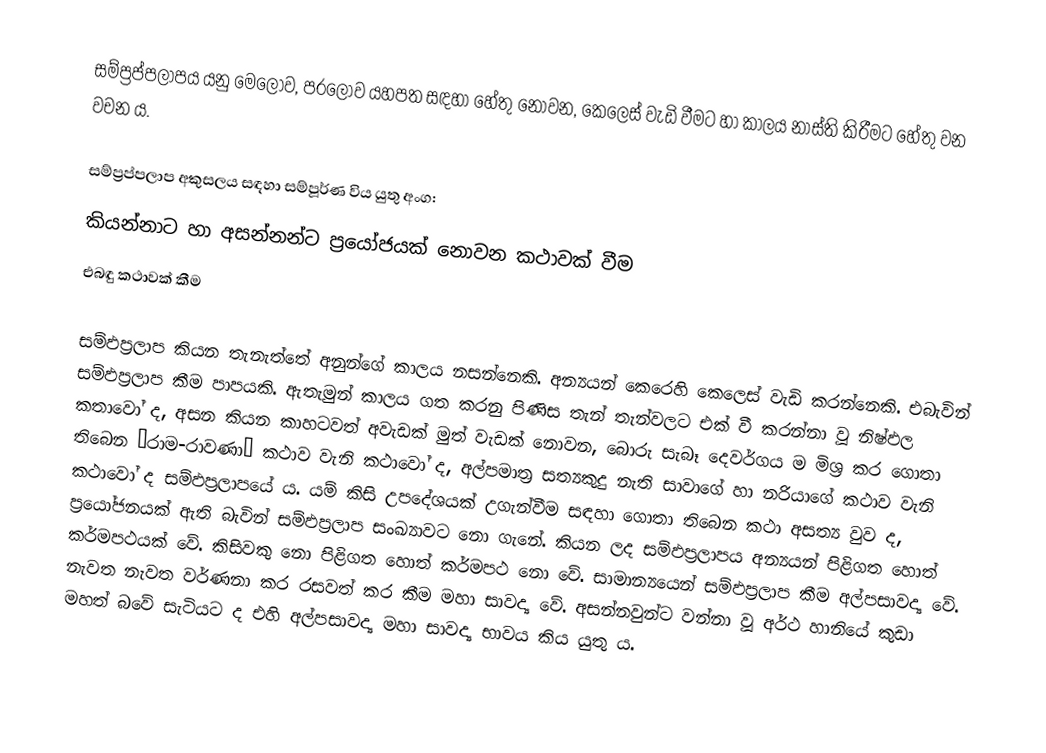
සම්ප්‍රප්පලාපය යනු මෙලොව, පරලොව යහපත සඳහා හේතු නොවන, කෙලෙස් වැඩි වීමට හා කාලය නාස්ති කිරීමට හේතු වන වචන ය. 

සම්ප්‍රප්පලාප අකුසලය සඳහා සම්පූර්ණ විය යුතු අංග:
 කියන්නාට හා අසන්නන්ට ප්‍රයෝජයක් නොවන කථාවක් වීම
 එබඳු කථාවක් කීම

සම්ඵප්‍ර‍ලාප කියන තැනැත්තේ අනුන්ගේ කාලය නසන්නෙකි. අන්‍යයන් කෙරෙහි කෙලෙස් වැඩි කරන්නෙකි. එබැවින් සම්ඵප්‍ර‍ලාප කීම පාපයකි. ඇතැමුන් කාලය ගත කරනු පිණිස තැන් තැන්වලට එක් වී කරන්නා වූ නිෂ්ඵල කතාවෝ ද, අසන කියන කාහටවත් අවැඩක් මුත් වැඩක් නොවන, බොරු සැබෑ දෙවර්ගය ම මිශ්‍ර‍ කර ගොතා තිබෙන “රාම-රාවණා” කථාව වැනි කථාවෝ ද, අල්පමාත්‍ර‍ සත්‍යකුදු නැති සාවාගේ හා නරියාගේ කථාව වැනි කථාවෝ ද සම්ඵප්‍ර‍ලාපයේ ය. යම් කිසි උපදේශයක් උගැන්වීම සඳහා ගොතා තිබෙන කථා අසත්‍ය වුව ද, ප්‍ර‍යෝජනයක් ඇති බැවින් සම්ඵප්‍ර‍ලාප සංඛ්‍යාවට නො ගැනේ. කියන ලද සම්ඵප්‍ර‍ලාපය අන්‍යයන් පිළිගත හොත් කර්මපථයක් වේ. කිසිවකු නො පිළිගත හොත් කර්මපථ නො වේ. සාමාන්‍යයෙන් සම්ඵප්‍ර‍ලාප කීම අල්පසාවද්‍ය වේ. නැවත නැවත වර්ණනා කර රසවත් කර කීම මහා සාවද්‍ය වේ. අසන්නවුන්ට වන්නා වූ අර්ථ හානියේ කුඩා මහත් බවේ සැටියට ද එහි අල්පසාවද්‍ය මහා සාවද්‍ය භාවය කිය යුතු ය.